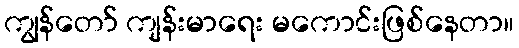
ကျွန်တော် ကျန်းမာရေး မကောင်းဖြစ်နေတာ။